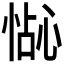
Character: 𪬍